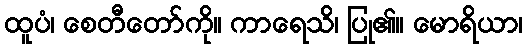
ထူပံ၊ စေတီတော်ကို။ ကာရေသိ၊ ပြု၏။ မောရိယာ၊